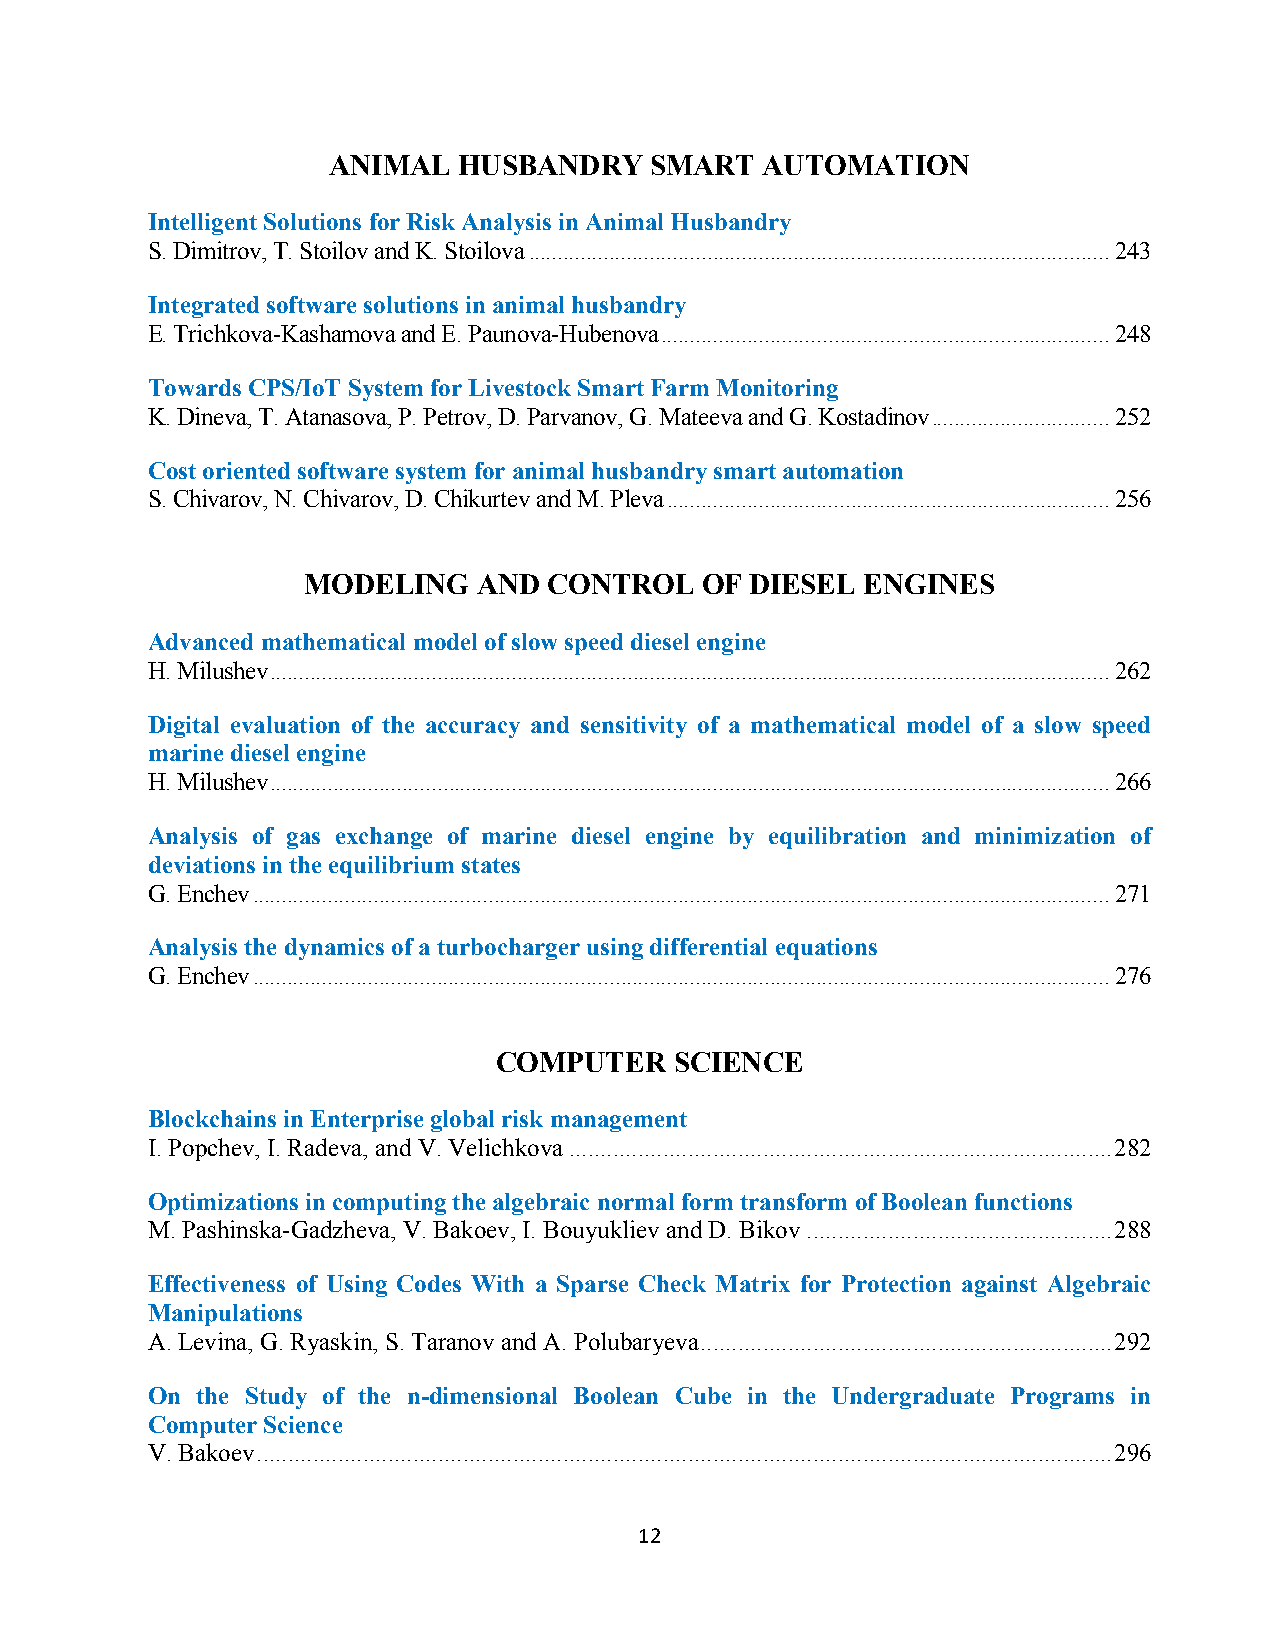
ANIMAL  HUSBANDRY    SMART  AUTOMATION
 Intelligent Solutions for Risk Analysis in Animal Husbandry
 S. Dimitrov, T. Stoilov and K. Stoilova ..................................................................................................... 243
 Integrated software solutions in animal husbandry
 E. Trichkova-Kashamova and E. Paunova-Hubenova .............................................................................. 248
 Towards CPS/IoT System for Livestock Smart Farm Monitoring
 K. Dineva, T. Atanasova, P. Petrov, D. Parvanov, G. Mateeva and G. Kostadinov ............................... 252
 Cost oriented software system for animal husbandry smart automation
 S. Chivarov, N. Chivarov, D. Chikurtev and M. Pleva ............................................................................. 256
 MODELING    AND CONTROL   OF  DIESEL ENGINES
 Advanced mathematical model of slow speed diesel engine
 H. Milushev .................................................................................................................................................. 262
 Digital evaluation of the accuracy and sensitivity of a mathematical model of a slow speed
 marine diesel engine
 H. Milushev .................................................................................................................................................. 266
 Analysis of gas exchange of marine diesel engine by equilibration and minimization of
 deviations in the equilibrium states
 G. Enchev ..................................................................................................................................................... 271
 Analysis the dynamics of a turbocharger using differential equations
 G. Enchev ..................................................................................................................................................... 276
 COMPUTER    SCIENCE
 Blockchains in Enterprise global risk management
 I. Popchev, I. Radeva, and V. Velichkova ....................................................................................... 282
 Optimizations in computing the algebraic normal form transform of Boolean functions
 M. Pashinska-Gadzheva, V. Bakoev, I. Bouyukliev and D. Bikov ................................................. 288
 Effectiveness of Using Codes With a Sparse Check Matrix for Protection against Algebraic
 Manipulations
 A. Levina, G. Ryaskin, S. Taranov and A. Polubaryeva .................................................................. 292
 On the Study of the n-dimensional Boolean Cube in the Undergraduate Programs in
 Computer Science
 V. Bakoev ......................................................................................................................................... 296
 12